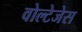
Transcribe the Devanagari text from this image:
वोल्टेजेस